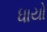
ધાયો